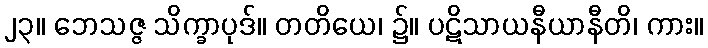
၂၃။ ဘေသဇ္ဇ သိက္ခာပုဒ်။ တတိယေ၊ ၌။ ပဋိသာယနီယာနီတိ၊ ကား။